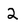
Character: 2